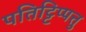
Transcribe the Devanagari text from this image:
पतिट्टिप्पत्तु